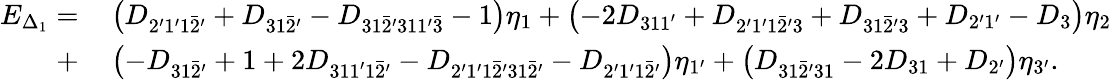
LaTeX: \begin{array}{rl}{E_{\Delta_{1}}=}&{{}\left({{D_{2^{\prime}1^{\prime}1\bar{2}^{\prime}}}+{D_{31\bar{2}^{\prime}}}-{D_{31\bar{2}^{\prime}31\mathrm{{1^{\prime}\bar{3}}}}}-\mathrm{{1}}}\right){\eta_{1}}+\left({-2{D_{311^{\prime}}}+{D_{2^{\prime}1^{\prime}1\bar{2}^{\prime}\mathrm{{3}}}}+{D_{31\bar{2}^{\prime}\mathrm{{3}}}}+{D_{2^{\prime}1^{\prime}}}-{D_{3}}}\right){\eta_{2}}}\\ {+}&{{}\left({-{D_{31\bar{2}^{\prime}}}+1+2{D_{311^{\prime}1\bar{2}^{\prime}}}-{D_{2^{\prime}1^{\prime}1\bar{2}^{\prime}\mathrm{{31}}\bar{2}^{\prime}}}-{D_{2^{\prime}1^{\prime}1\bar{2}^{\prime}}}}\right){\eta_{1^{\prime}}}+\left({{D_{31\bar{2}^{\prime}31}}-2{D_{31}}+{D_{2^{\prime}}}}\right){\eta_{3^{\prime}}}.}\end{array}